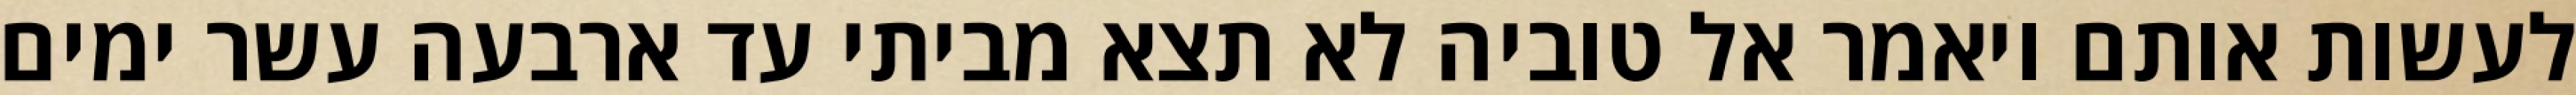
לעשות אותם ויאמר אל טוביה לא תצא מביתי עד ארבעה עשר ימים